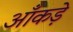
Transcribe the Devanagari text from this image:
आँकडे़